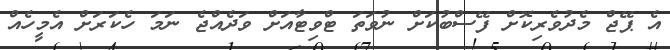
އެ ޕޭޖް މެދުވެރިކޮށް ފޭސްބުކަށް ނުވަތަ ޓްވިޓާއަށް ވަދެއްޖެ ނަމަ ހެކަރަށް އެމީހެއް